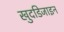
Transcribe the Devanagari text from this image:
खुदडिजाइन